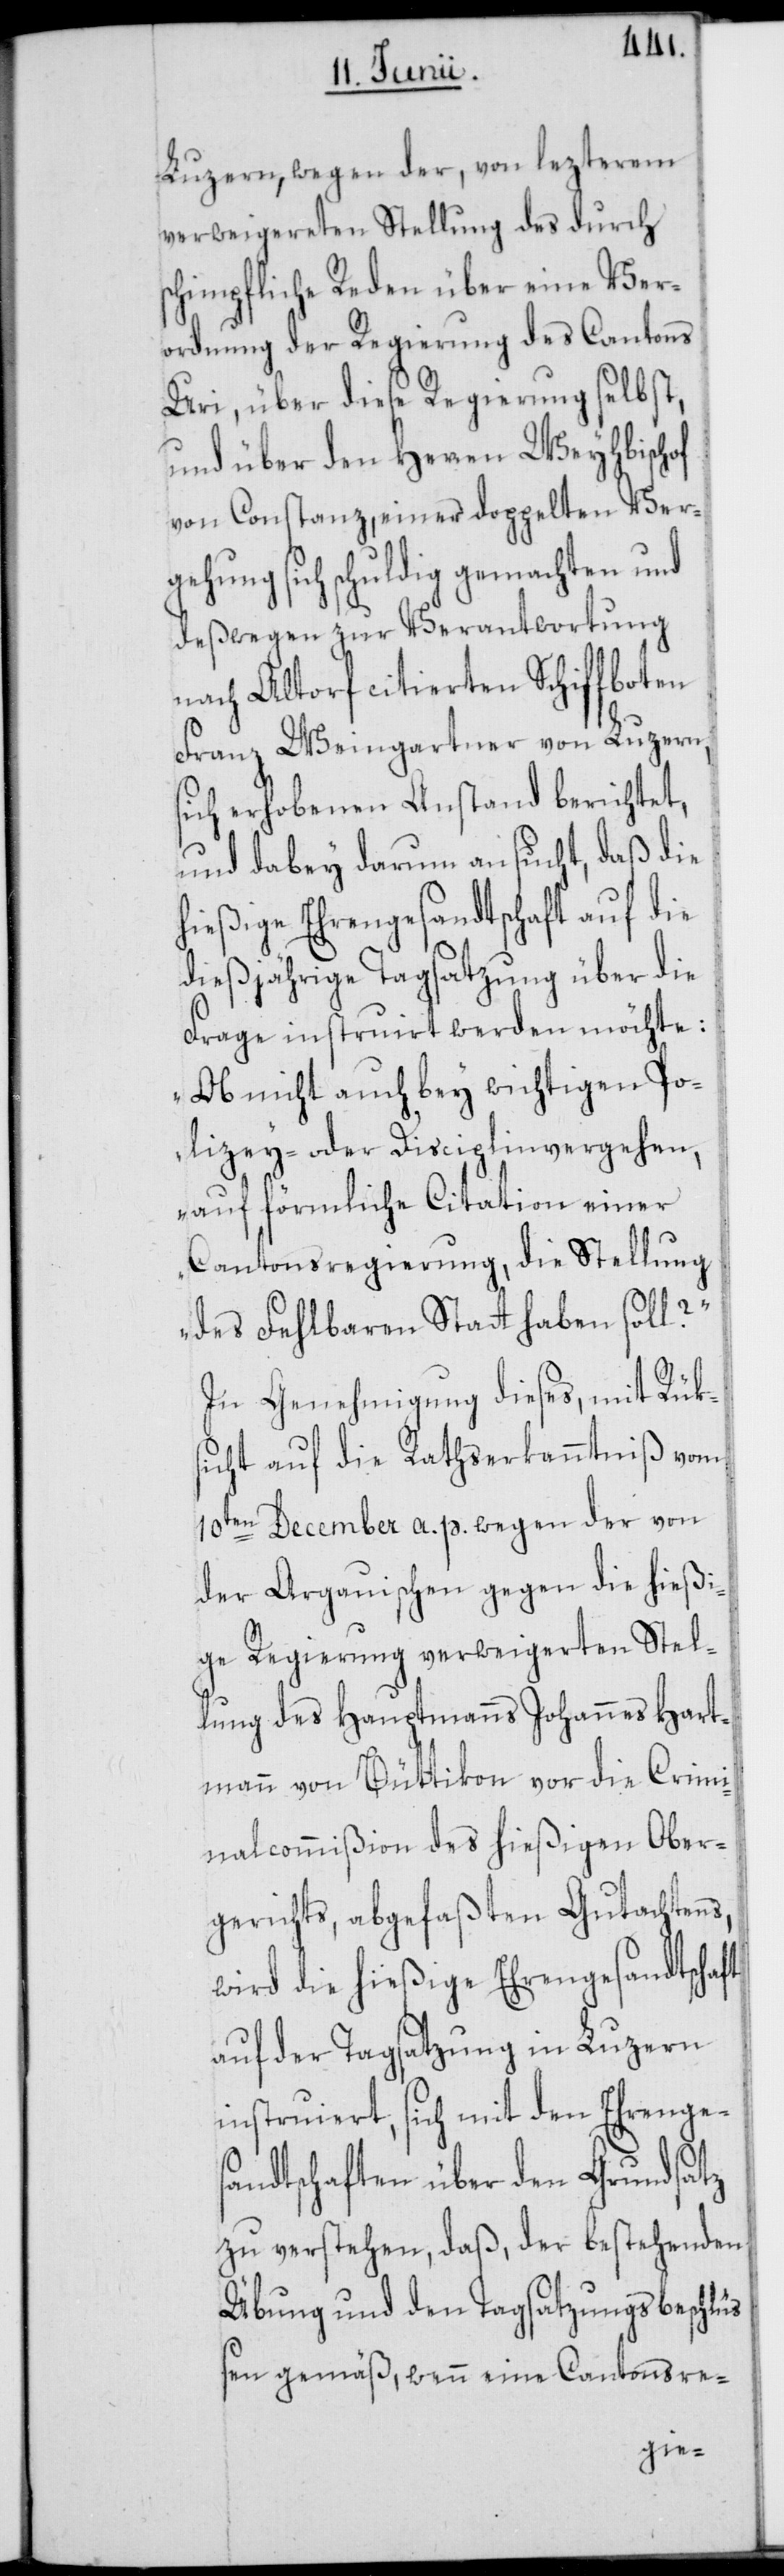
Luzern, wegen der, von lezterem
verweigereten Stellung des durch
schimpfliche Reden über eine Ver¬
ordnung der Regierung des Cantons
Uri, über diese Regierung selbst,
und über den Herren Weyhbischof
von Constanz, einer doppelten Ver¬
gehung sich schuldig gemachten und
deßwegen zur Verantwortung
nach Altorf citierten Schiffboten
Franz Weingartner von Luzern, s¬
ich erhobenen Anstand berichtet,
und dabey darum ansucht, daß die
hießige Ehrengesandtschaft auf die
dießjährige Tagsatzung über die
Frage instruirt werden möchte:
„Ob nicht auch bey wichtigen Po¬
lizey- oder Disciplinvergehen,
auf förmliche Citation einer
Cantonsregierung, die Stellung
des Fehlbaren Statt haben soll?“
In Genehmigung dieses, mit Rük¬
sicht auf die Rathserkanntniß vom
10ten December a. p. wegen der von
der Argauischen gegen die hießi¬
ge Regierung verweigerten Stel¬
lung des Hauptmanns Johannes Hart¬
mann von Büttikon vor die Crimi¬
nalcommißion des hießigen Ober¬
gerichts, abgefaßten Gutachtens,
wird die hießige Ehrengesandtschaft
auf der Tagsatzung in Luzern
instruiert, sich mit den Ehrenge¬
sandtschaften über den Grundsatz
zu verstehen, daß, der bestehenden
Übung und den Tagsatzungsbeschlü¬
ßen gemäß, wenn eine Cantonsre-